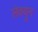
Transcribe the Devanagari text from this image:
लेक्युन